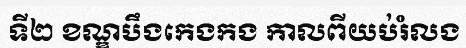
ទី២ ខណ្ឌបឹងកេងកង កាលពីយប់រំលង